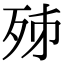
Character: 𣧨